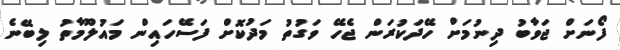
ފޯނަށް ޖަވާބު ދިނުމަށް ހޭދަކުރަން ޖެހޭ ވަގުތު މަދުކޮށް ފަސޭހައިން މައުލޫމާތު ލިބޭނެ